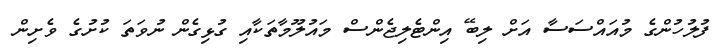
ފުލުހުންގެ މުއައްސަސާ އަށް ލިބޭ އިންޓެލިޖެންސް މައުލޫމާތަކާއި ގުޅިގެން ނުވަތަ ކުށުގެ ވެށިން